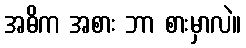
အဓိက အစား ဘာ စားမှာလဲ။